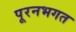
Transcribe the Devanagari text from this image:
पूरनभगत